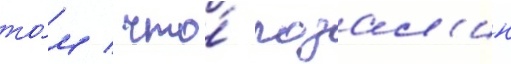
то́м / что́ розал'ин